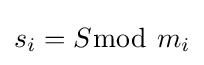
s_{i}=S{\bmod {\ }}m_{i}